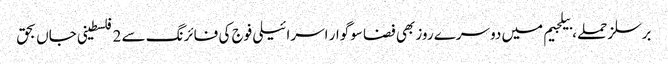
برسلز حملے، بیلجیم میں دوسرے روز بھی فضا سوگوار اسرائیلی فوج کی فائرنگ سے 2 فلسطینی جاں بحق